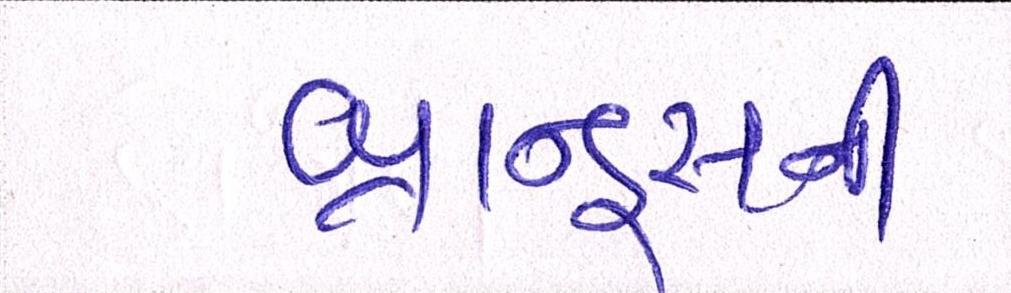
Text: બ્રાન્ડ્સની